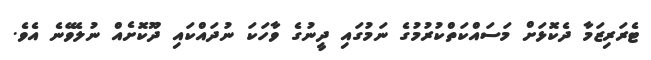
ޓެރަރިޒަމާ ދެކޮޅަށް މަސައްކަތްކުރުމުގެ ނަމުގައި ދީނުގެ ވާހަކަ ނުދައްކައި ދޫކޮށެއް ނުލެވޭނެ އެވެ.